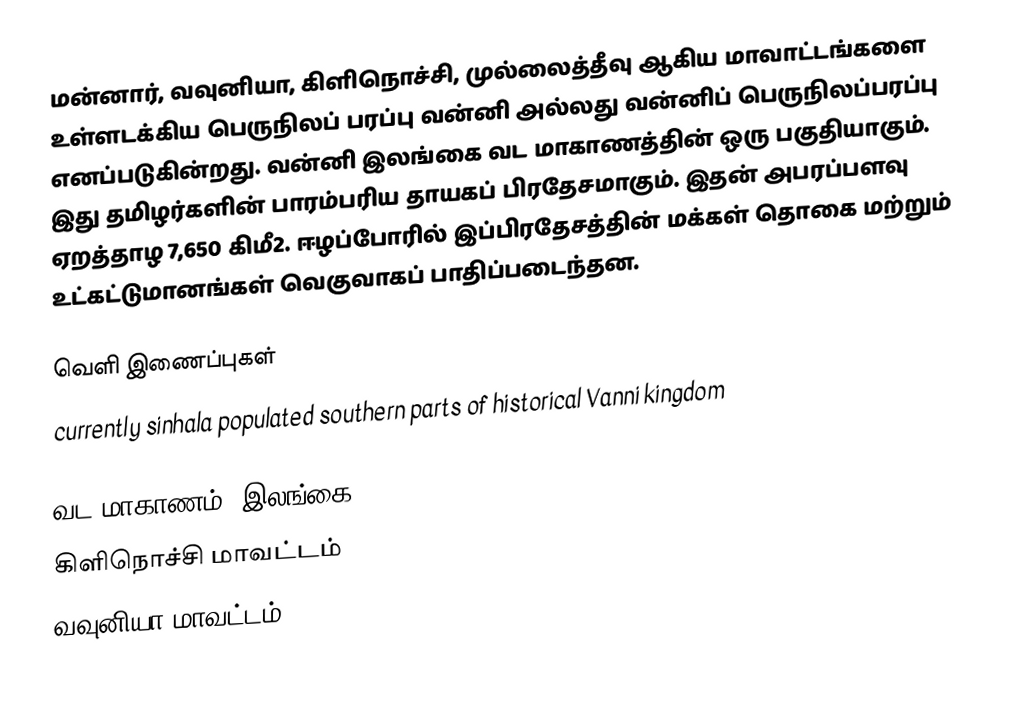
மன்னார், வவுனியா, கிளிநொச்சி, முல்லைத்தீவு ஆகிய மாவாட்டங்களை உள்ளடக்கிய பெருநிலப் பரப்பு வன்னி அல்லது வன்னிப் பெருநிலப்பரப்பு எனப்படுகின்றது. வன்னி இலங்கை வட மாகாணத்தின் ஒரு பகுதியாகும். இது தமிழர்களின் பாரம்பரிய தாயகப் பிரதேசமாகும். இதன் அபரப்பளவு ஏறத்தாழ 7,650 கிமீ2. ஈழப்போரில் இப்பிரதேசத்தின் மக்கள் தொகை மற்றும் உட்கட்டுமானங்கள் வெகுவாகப் பாதிப்படைந்தன.

வெளி இணைப்புகள்
 currently sinhala populated southern parts of historical Vanni kingdom

வட மாகாணம், இலங்கை
கிளிநொச்சி மாவட்டம்
வவுனியா மாவட்டம்